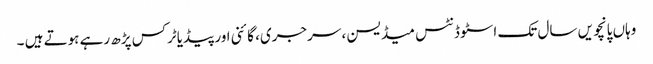
وہاں پانچویں سال تک اسٹوڈنٹس میڈیسن ، سرجری، گائنی اور پیڈیاٹرکس پڑھ رہے ہوتے ہیں ۔